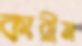
কারীম